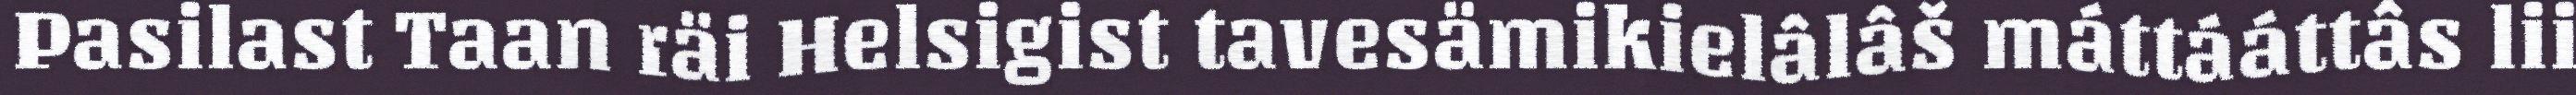
Pasilast Taan räi Helsigist tavesämikielâlâš máttááttâs lii